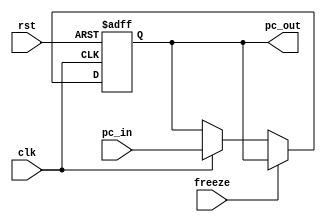
module PC (
  input             clk,
  input             rst,
  input             freeze,
  input      [31:0] pc_in,
  
  output reg [31:0] pc_out
);

  always @(posedge clk, posedge rst) begin
    if (rst) pc_out <= 32'b0;
    else if (freeze) pc_out <= pc_out;
    else if (clk) pc_out <= pc_in;
    else pc_out <= pc_out;
  end

endmodule